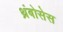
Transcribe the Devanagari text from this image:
थ्रंबोसेस